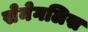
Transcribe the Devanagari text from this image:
सेनेगलिस